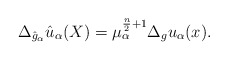
\begin{align*}\Delta_{\hat{g}_\alpha}\hat{u}_\alpha(X) = \mu_\alpha^{{\frac{n}{2}+1}}\Delta_gu_\alpha(x).\end{align*}